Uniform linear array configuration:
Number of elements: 48
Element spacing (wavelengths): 0.25
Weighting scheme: binomial
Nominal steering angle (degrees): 60
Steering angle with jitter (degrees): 60.364
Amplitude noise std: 0.05
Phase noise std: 0.05

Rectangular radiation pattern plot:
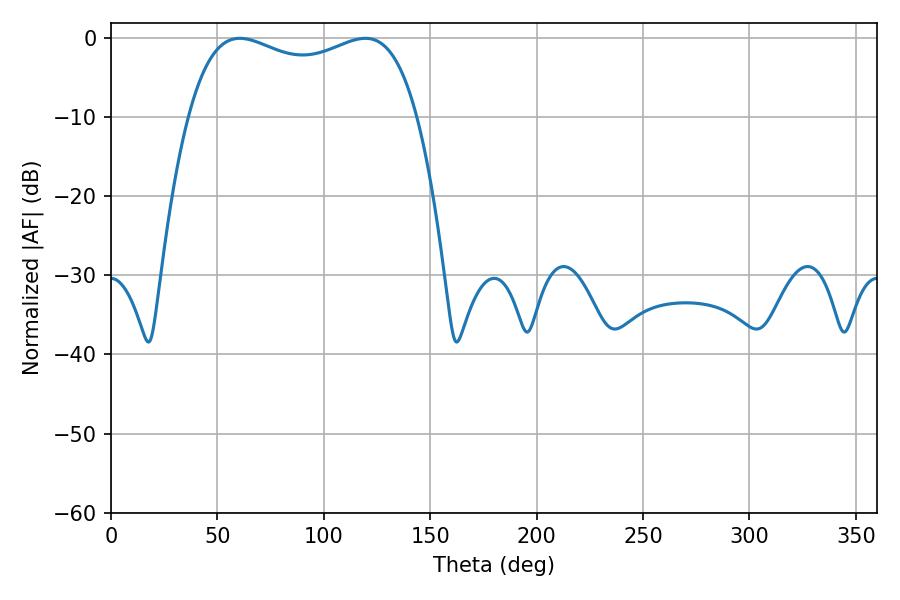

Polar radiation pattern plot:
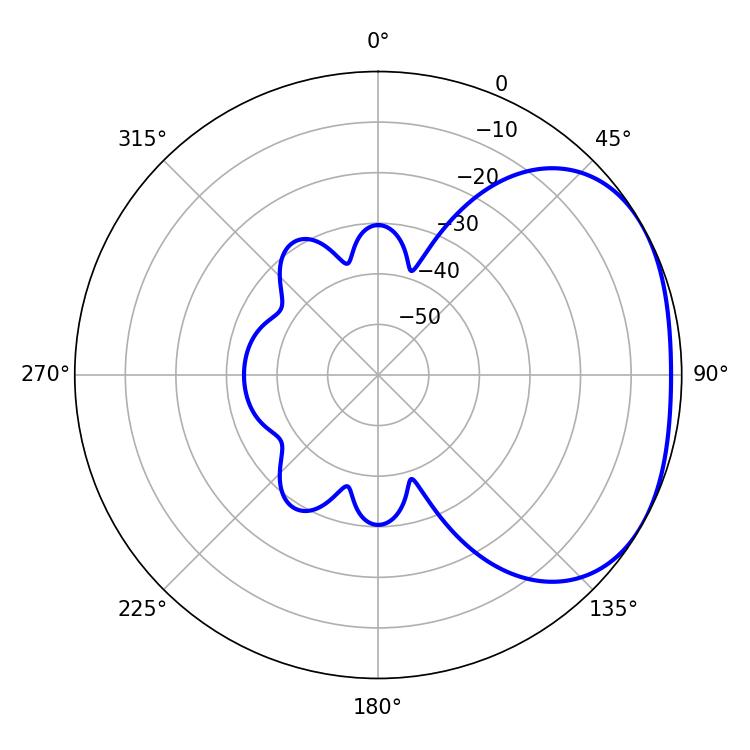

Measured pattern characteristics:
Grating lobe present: FALSE
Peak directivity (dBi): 2.307
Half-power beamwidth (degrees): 88.2
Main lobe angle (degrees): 60.48